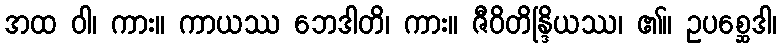
အထ ဝါ၊ ကား။ ကာယဿ ဘေဒါတိ၊ ကား။ ဇီဝိတိန္ဒြိယဿ၊ ၏။ ဥပစ္ဆေဒါ၊